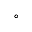
^ { \circ }